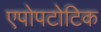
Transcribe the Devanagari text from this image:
एपोपटोटिक